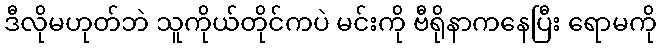
ဒီလိုမဟုတ်ဘဲ သူကိုယ်တိုင်ကပဲ မင်းကို ဗီရိုနာကနေပြီး ရောမကို